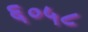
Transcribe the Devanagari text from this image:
६०५८